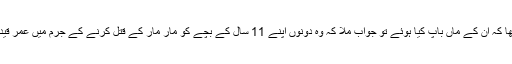
تو میں نے پوچھا کہ ان کے ماں باپ کیا ہوئے تو جواب ملا کہ وہ دونوں اپنے 11 سال کے بچے کو مار مار کے قتل کرنے کے جرم میں عمر قید کاٹ رہے ہیں۔